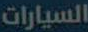
السيارات